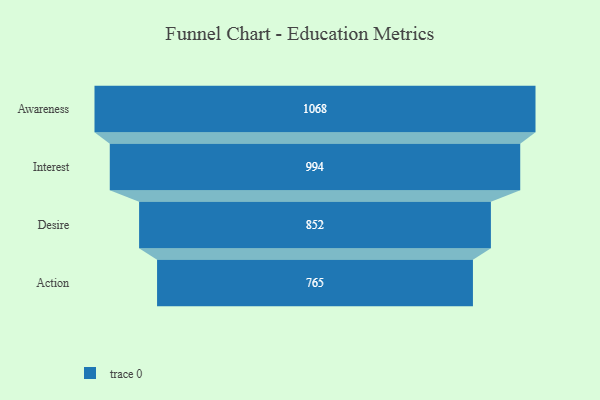
{"axis": {"x": "Stage", "y": "Value"}, "legend": [""], "data": [{"x": "Awareness", "y": 1068.0, "type": ""}, {"x": "Interest", "y": 994.0, "type": ""}, {"x": "Desire", "y": 852.0, "type": ""}, {"x": "Action", "y": 765.0, "type": ""}]}